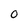
Character: O